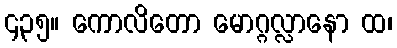
၄၃၅။ ကောလိတော မောဂ္ဂလ္လာနော ထ၊